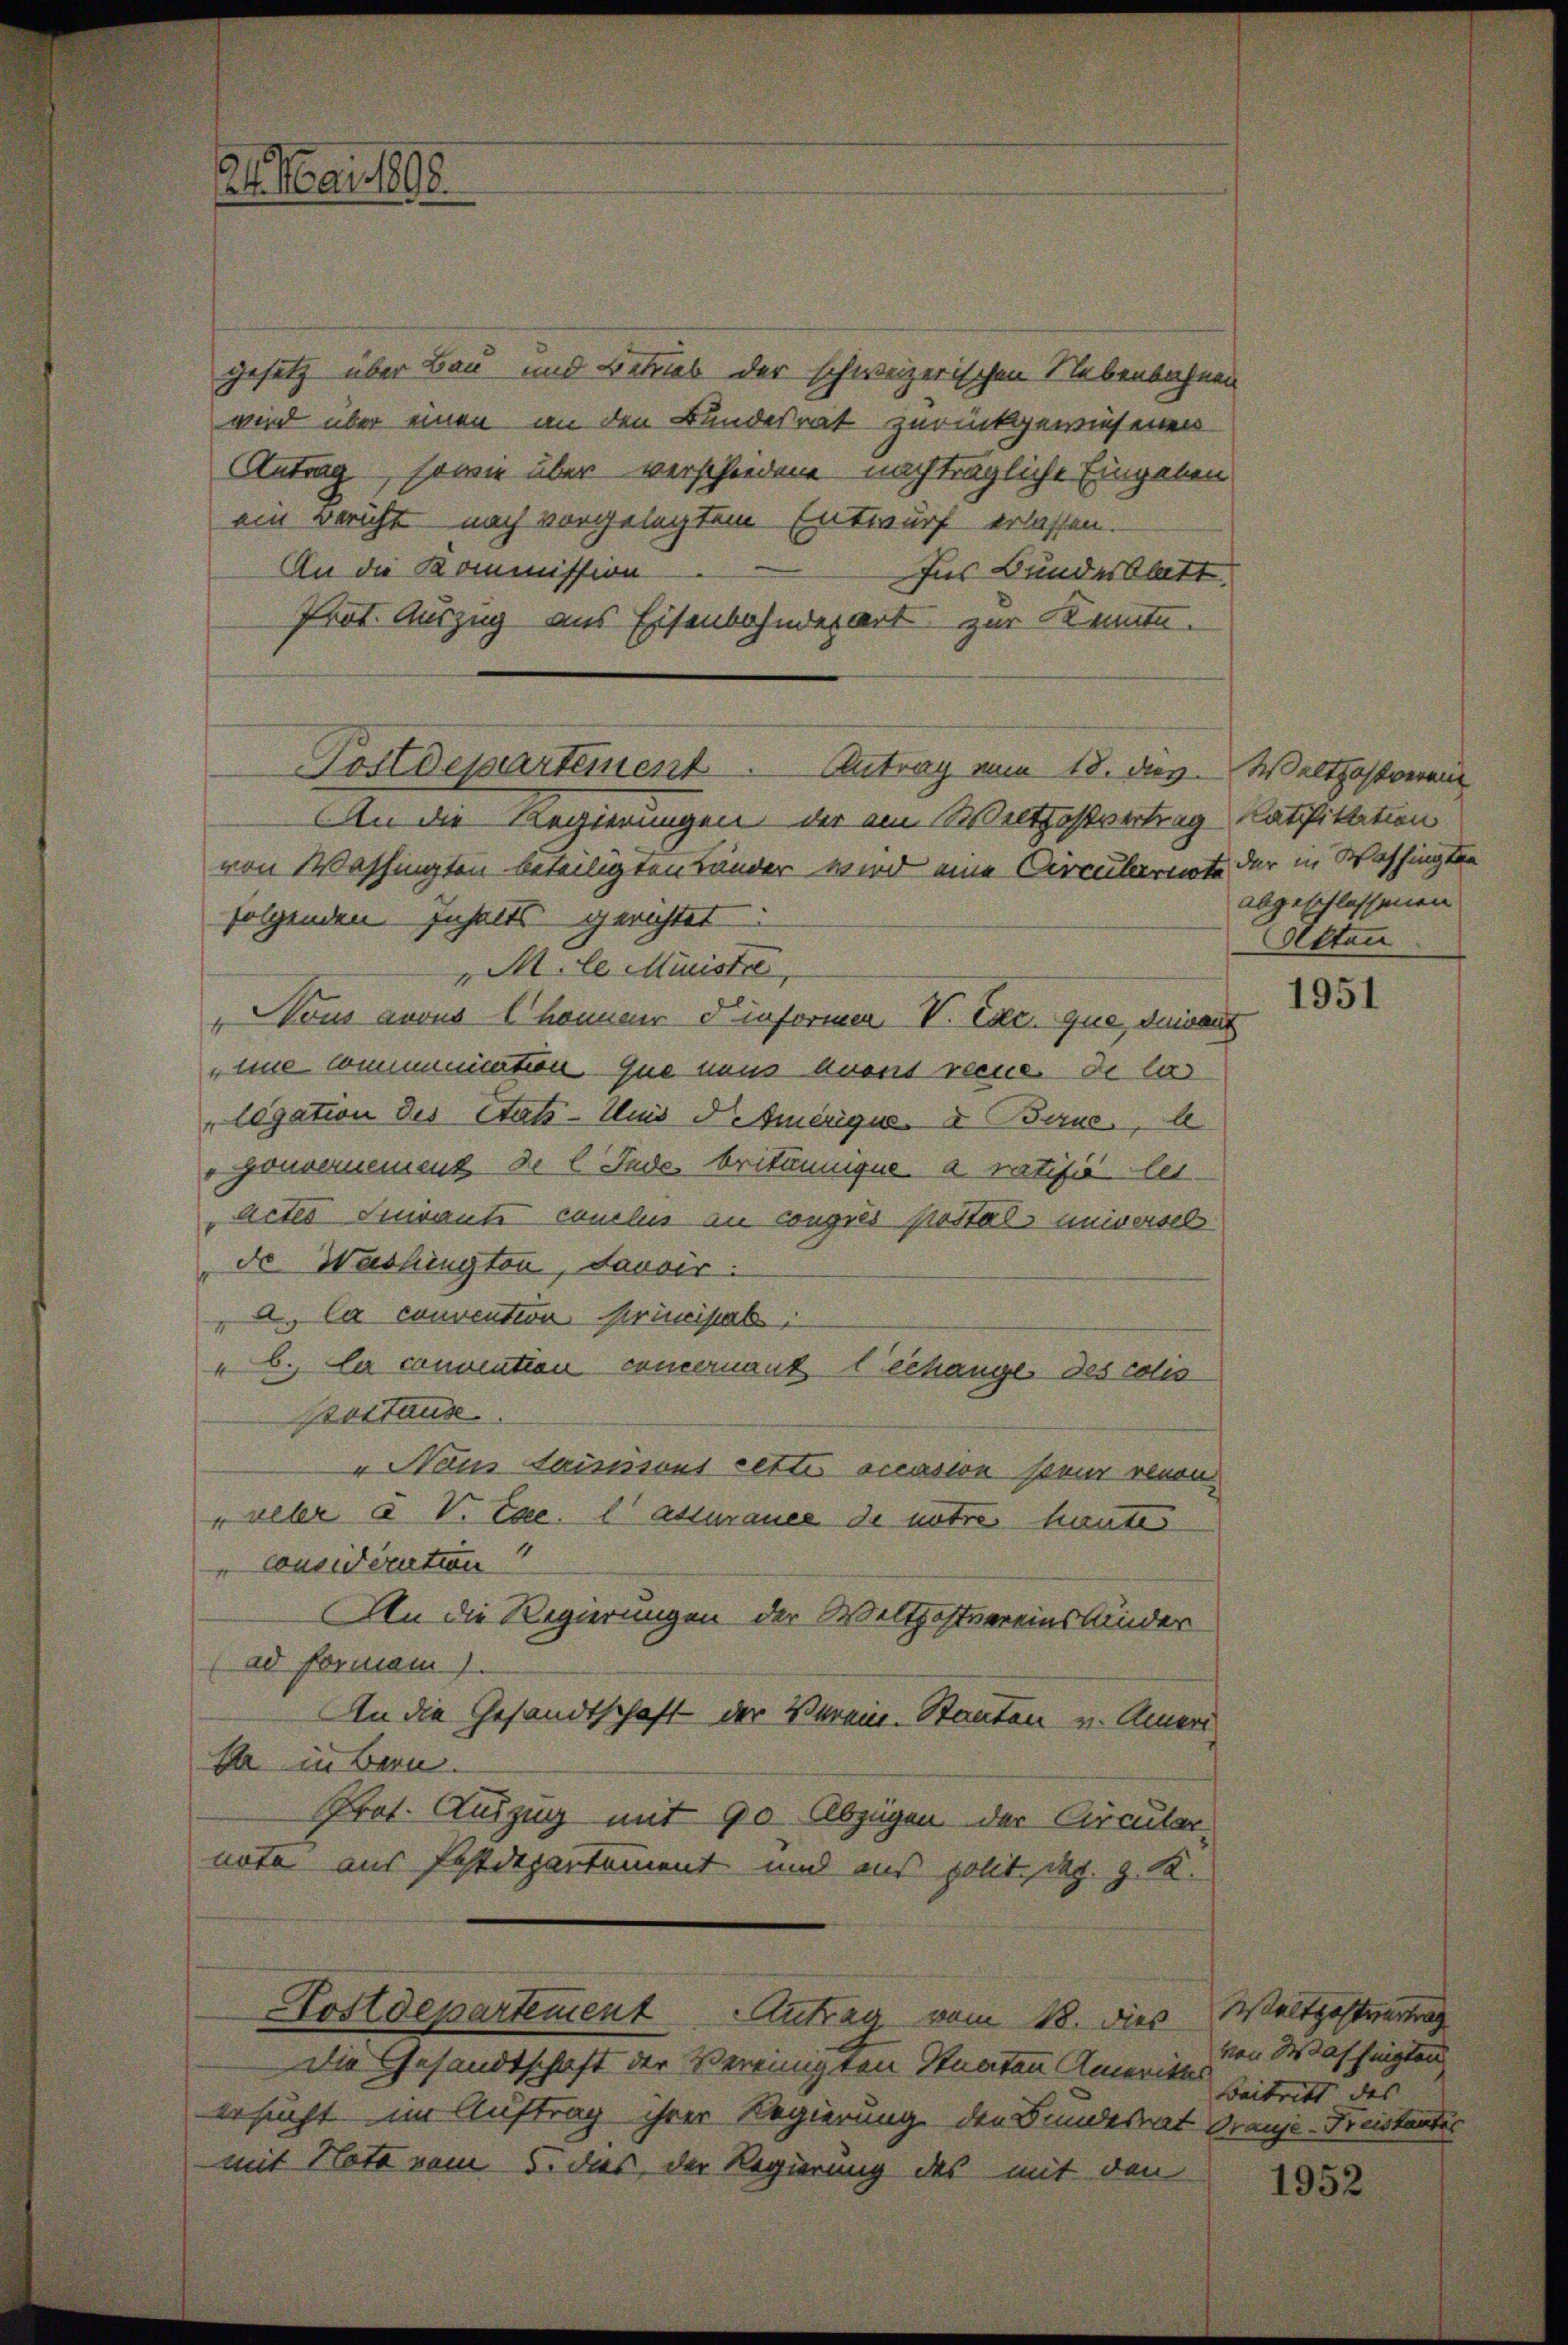
21. Mai 1808.

gesetz über Bau und Betrieb der schweizerischen Nebenbahnen
wird über einen an den Bundesrat zurückgewiesenen
Antrag, sowie über verschiedene nachträgliche Eingaben
ein Bericht nach vorgelegtem Entwurf erlassen.
An die Kommission
Ins Bundesblatt
Prot. Auszug aus Eisenbahndepart zur Kennte.
von Washingten beteiligten Länder wird eine Circularite der in Washingten
folgenden Inhalts gerichtet
"Mile Minister
Nous avous Chonner Finformen V. Exc. que, deinen
„eine commniertion que neus diens recue de las
ligation des Etats-Ums N. Amerique & Base, b
v gouvernement de l. Ende britannique à ratifié les
Actes Inirante conclus an congrés postals universel
de Washington, Savoir.
2. Ce convention principals
"6. Ce convention concernant techange des colis
Peitaus
" Naus saisissant cettes occasion steur renon
"aller u. V. Cac. lassurance de notre heute
Considération
AAn die Regierungen der Welthoftvereinskinder
(ad formani
An die Gesandtschaft der Verein-Staaten u. Ameri
E in Bern.
Prof. Auszug mit 90 Abzügen der Circularnote aus Postdepartement und ans polit. d. J. K.
Postdepartement Antrag vom 18. dies Waltpostvertrag
Die Gesandtschaft der Vereinigten Staaten Amerikar
ersucht im Auftrag ihrer Regierung der Bundesrat Grauje-Freistantes
mit Nota vom 5. dies der Regierung des mit den

Postdepartement. Antrag vom 18. dies. Walthastverein
An die Regierungen der ein Welthasvertrag Ratifikation

abgeschlossenen
Akten

1951

von Washingten
Baitritt des |

1952